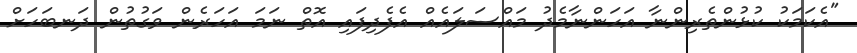
"އެކަމަކު ކުޅުންތެރިންނާ އަހަންނާމެދު މައްސަލައެއް އެފެދިފައި އޮތް ނަމަ އަހަރެން ވަގުތުން ދަނބަހަށް